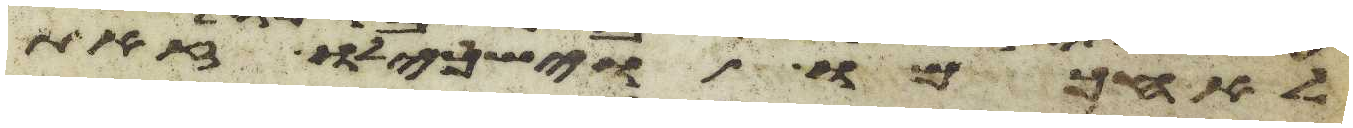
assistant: לא חכמו וישכילו זאת